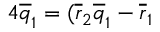
4 \overline { { { q } } } _ { 1 } = ( \overline { { { r } } } _ { 2 } \overline { { { q } } } _ { 1 } - \overline { { { r } } } _ { 1 }